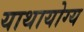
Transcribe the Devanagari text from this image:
याथायोग्य